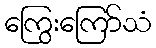
ကြွေးကြော်သံ